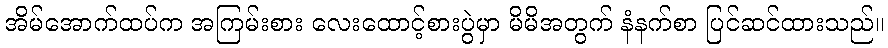
အိမ်အောက်ထပ်က အကြမ်းစား လေးထောင့်စားပွဲမှာ မိမိအတွက် နံနက်စာ ပြင်ဆင်ထားသည်။